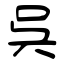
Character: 呉